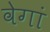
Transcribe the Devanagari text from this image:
वेगां